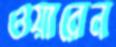
ওয়ারেন